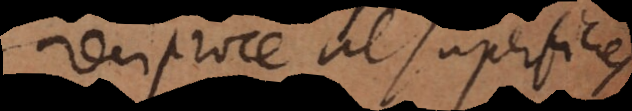
reciproce ut superficies